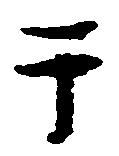
于